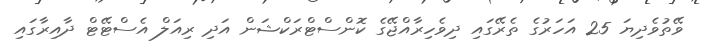
ވޭތުވެދިޔަ 25 އަހަރުގެ ތެރޭގައި ދިވެހިރާއްޖޭގެ ކޮންސްޓްރަކްޝަން އަދި ރިއަލް އެސްޓޭޓް ދާއިރާގައި